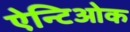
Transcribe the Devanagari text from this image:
ऐन्टिओक